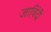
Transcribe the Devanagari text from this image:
जाविंदी